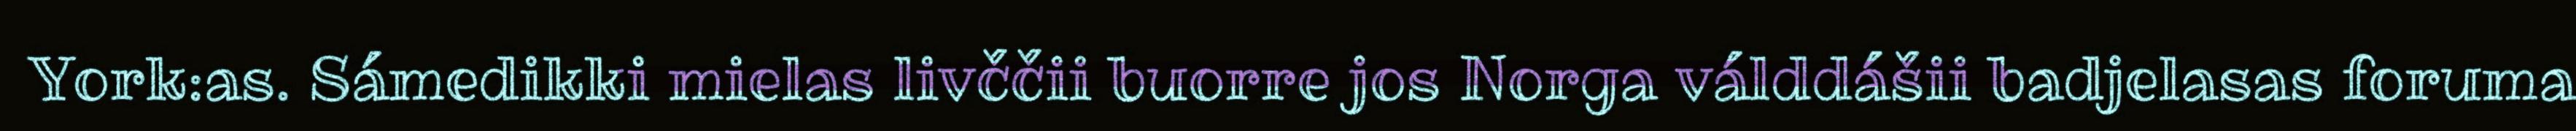
York:as. Sámedikki mielas livččii buorre jos Norga válddášii badjelasas foruma